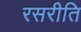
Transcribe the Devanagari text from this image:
रसरीति